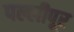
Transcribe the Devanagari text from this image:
पल्लीपूर